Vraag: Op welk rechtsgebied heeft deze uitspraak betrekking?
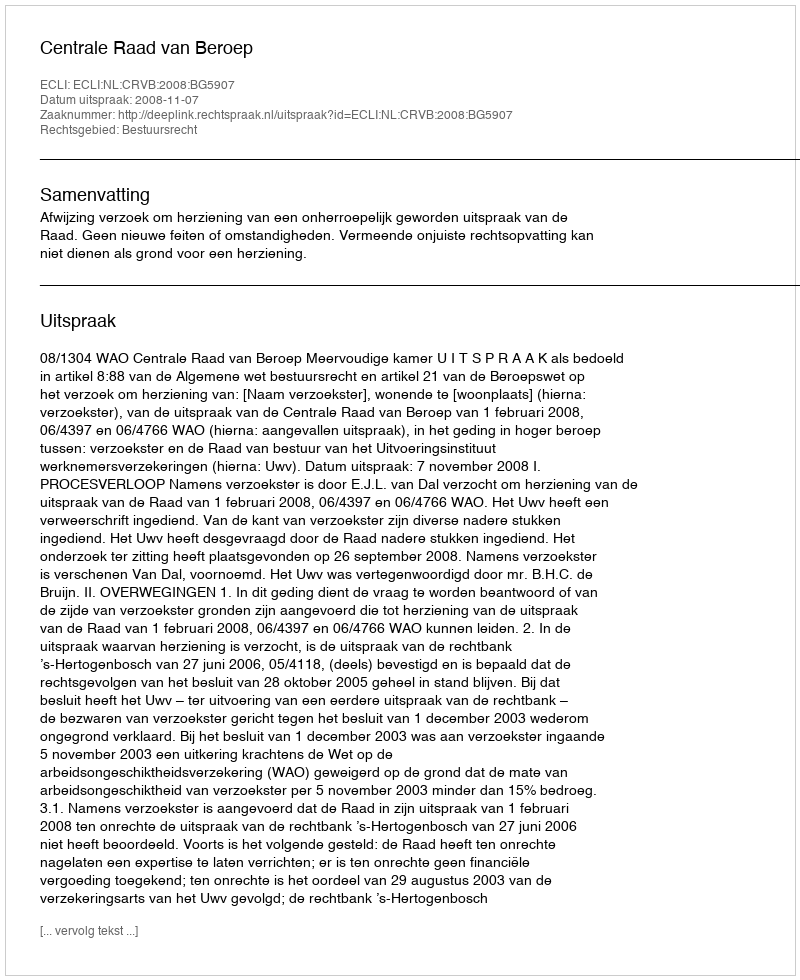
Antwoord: Bestuursrecht